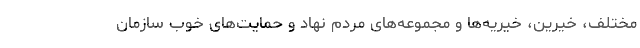
مختلف، خیرین، خیریه‌ها و مجموعه‌های مردم نهاد و حمایت‌های خوب سازمان